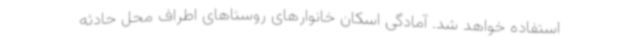
استفاده خواهد شد. آمادگی اسکان خانوارهای روستاهای اطراف محل حادثه